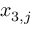
x _ { 3 , j }